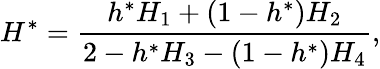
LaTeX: H^{\ast}=\frac{h^{\ast}H_{1}+(1-h^{\ast})H_{2}}{2-h^{\ast}H_{3}-(1-h^{\ast})H_{4}},